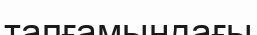
тапғамындағы